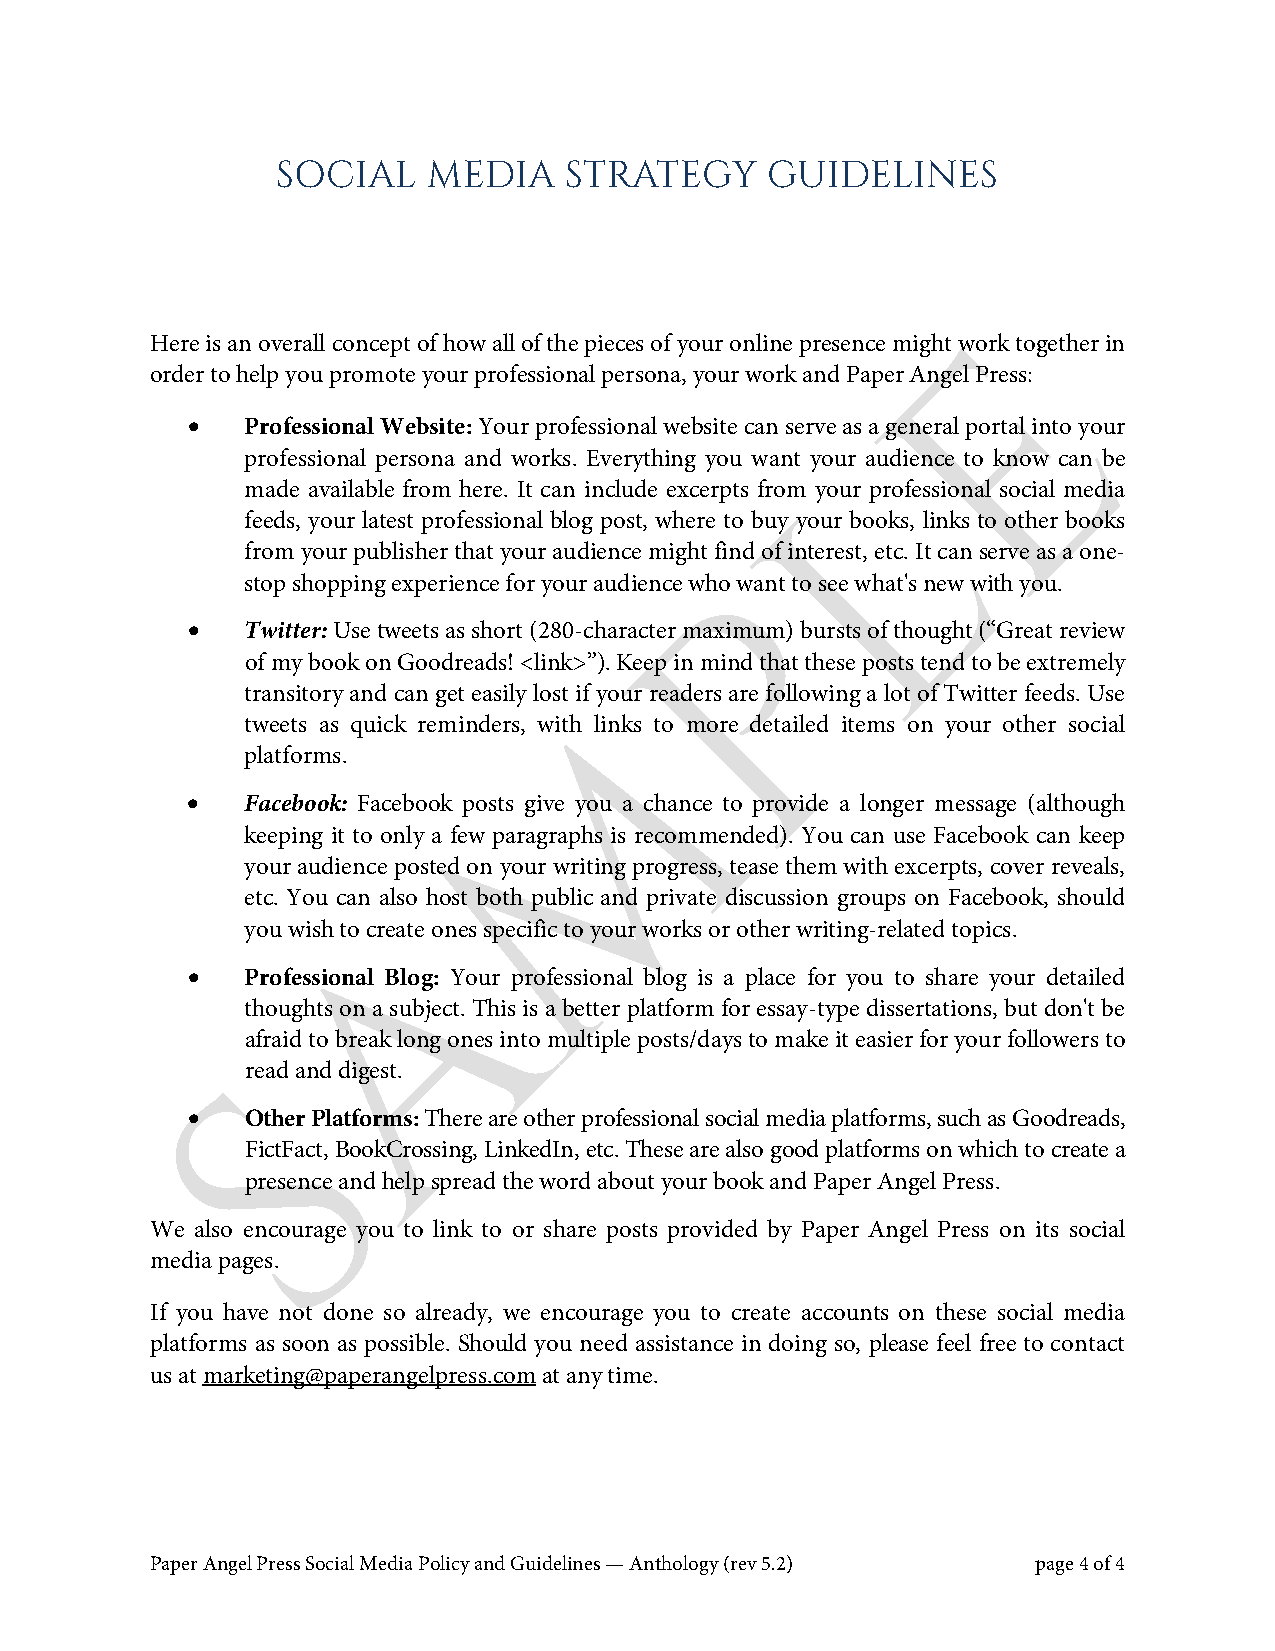
SOCIAL    MEDIA    STRATEGY      GUIDELINES
 E
 Here is an overall concept of how all of the pieces of your online presence might work together in
 order to help you promote your professional persona, your work and Paper Angel Press:
 •   Professional Website: Your professional website can serve as a general portal into your
 L
 professional persona and works. Everything you want your audience to know can be
 made available from here. It can include excerpts from your professional social media
 feeds, your latest professional blog post, where to buy your books, links to other books
 from your publisher that your audience might find of interest, etc. It can serve as a one-
 P
 stop shopping experience for your audience who want to see what's new with you.
 •   Twitter: Use tweets as short (280-character maximum) bursts of thought (“Great review
 of my book on Goodreads! <link>”). Keep in mind that these posts tend to be extremely
 transitory and can get easily lost if your readers are following a lot of Twitter feeds. Use
 M
 tweets as quick reminders, with links to more detailed items on your other social
 platforms.
 •   Facebook: Facebook posts give you a chance to provide a longer message (although
 keeping it to only a few paragraphs is recommended). You can use Facebook can keep
 your audience posted on your writing progress, tease them with excerpts, cover reveals,
 etc. You can also host both public and private discussion groups on Facebook, should
 A
 you wish to create ones specific to your works or other writing-related topics.
 •   Professional Blog: Your professional blog is a place for you to share your detailed
 thoughts on a subject. This is a better platform for essay-type dissertations, but don't be
 afraid to break long ones into multiple posts/days to make it easier for your followers to
 Sread and digest.
 •   Other Platforms: There are other professional social media platforms, such as Goodreads,
 FictFact, BookCrossing, LinkedIn, etc. These are also good platforms on which to create a
 presence and help spread the word about your book and Paper Angel Press.
 We also encourage you to link to or share posts provided by Paper Angel Press on its social
 media pages.
 If you have not done so already, we encourage you to create accounts on these social media
 platforms as soon as possible. Should you need assistance in doing so, please feel free to contact
 us at marketing@paperangelpress.com at any time.
 Paper Angel Press Social Media Policy and Guidelines — Anthology (rev 5.2) page 4 of 4